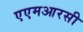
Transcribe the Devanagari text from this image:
एएमआरसी